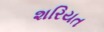
શરિયત